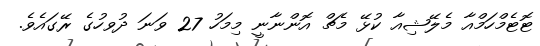
ޓޮޓެމްހަމްއާ މެލޭޝިއާ ކުޅޭ މެޗް އޮންނާނީ މިމަހު 27 ވަނަ ދުވހުގެ ރޭގައެވެ.